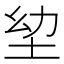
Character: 𭎍